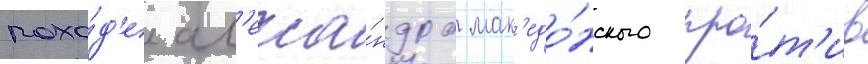
похо́д'е ал'екса́ндра мак'едо́нского про́т'ив